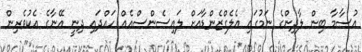
އުސާމާ ބިން ލާދިންގެ ނަމުގައި އެލެގްޒެންޑާއަށް ލައިސެންސްއެއް ހައްދައި ދިނީ އޭނާގެ އެކުވެރިން